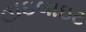
હાઇલાઇટ